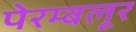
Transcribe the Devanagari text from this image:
पेरम्बलूर